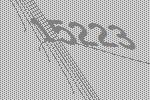
15223